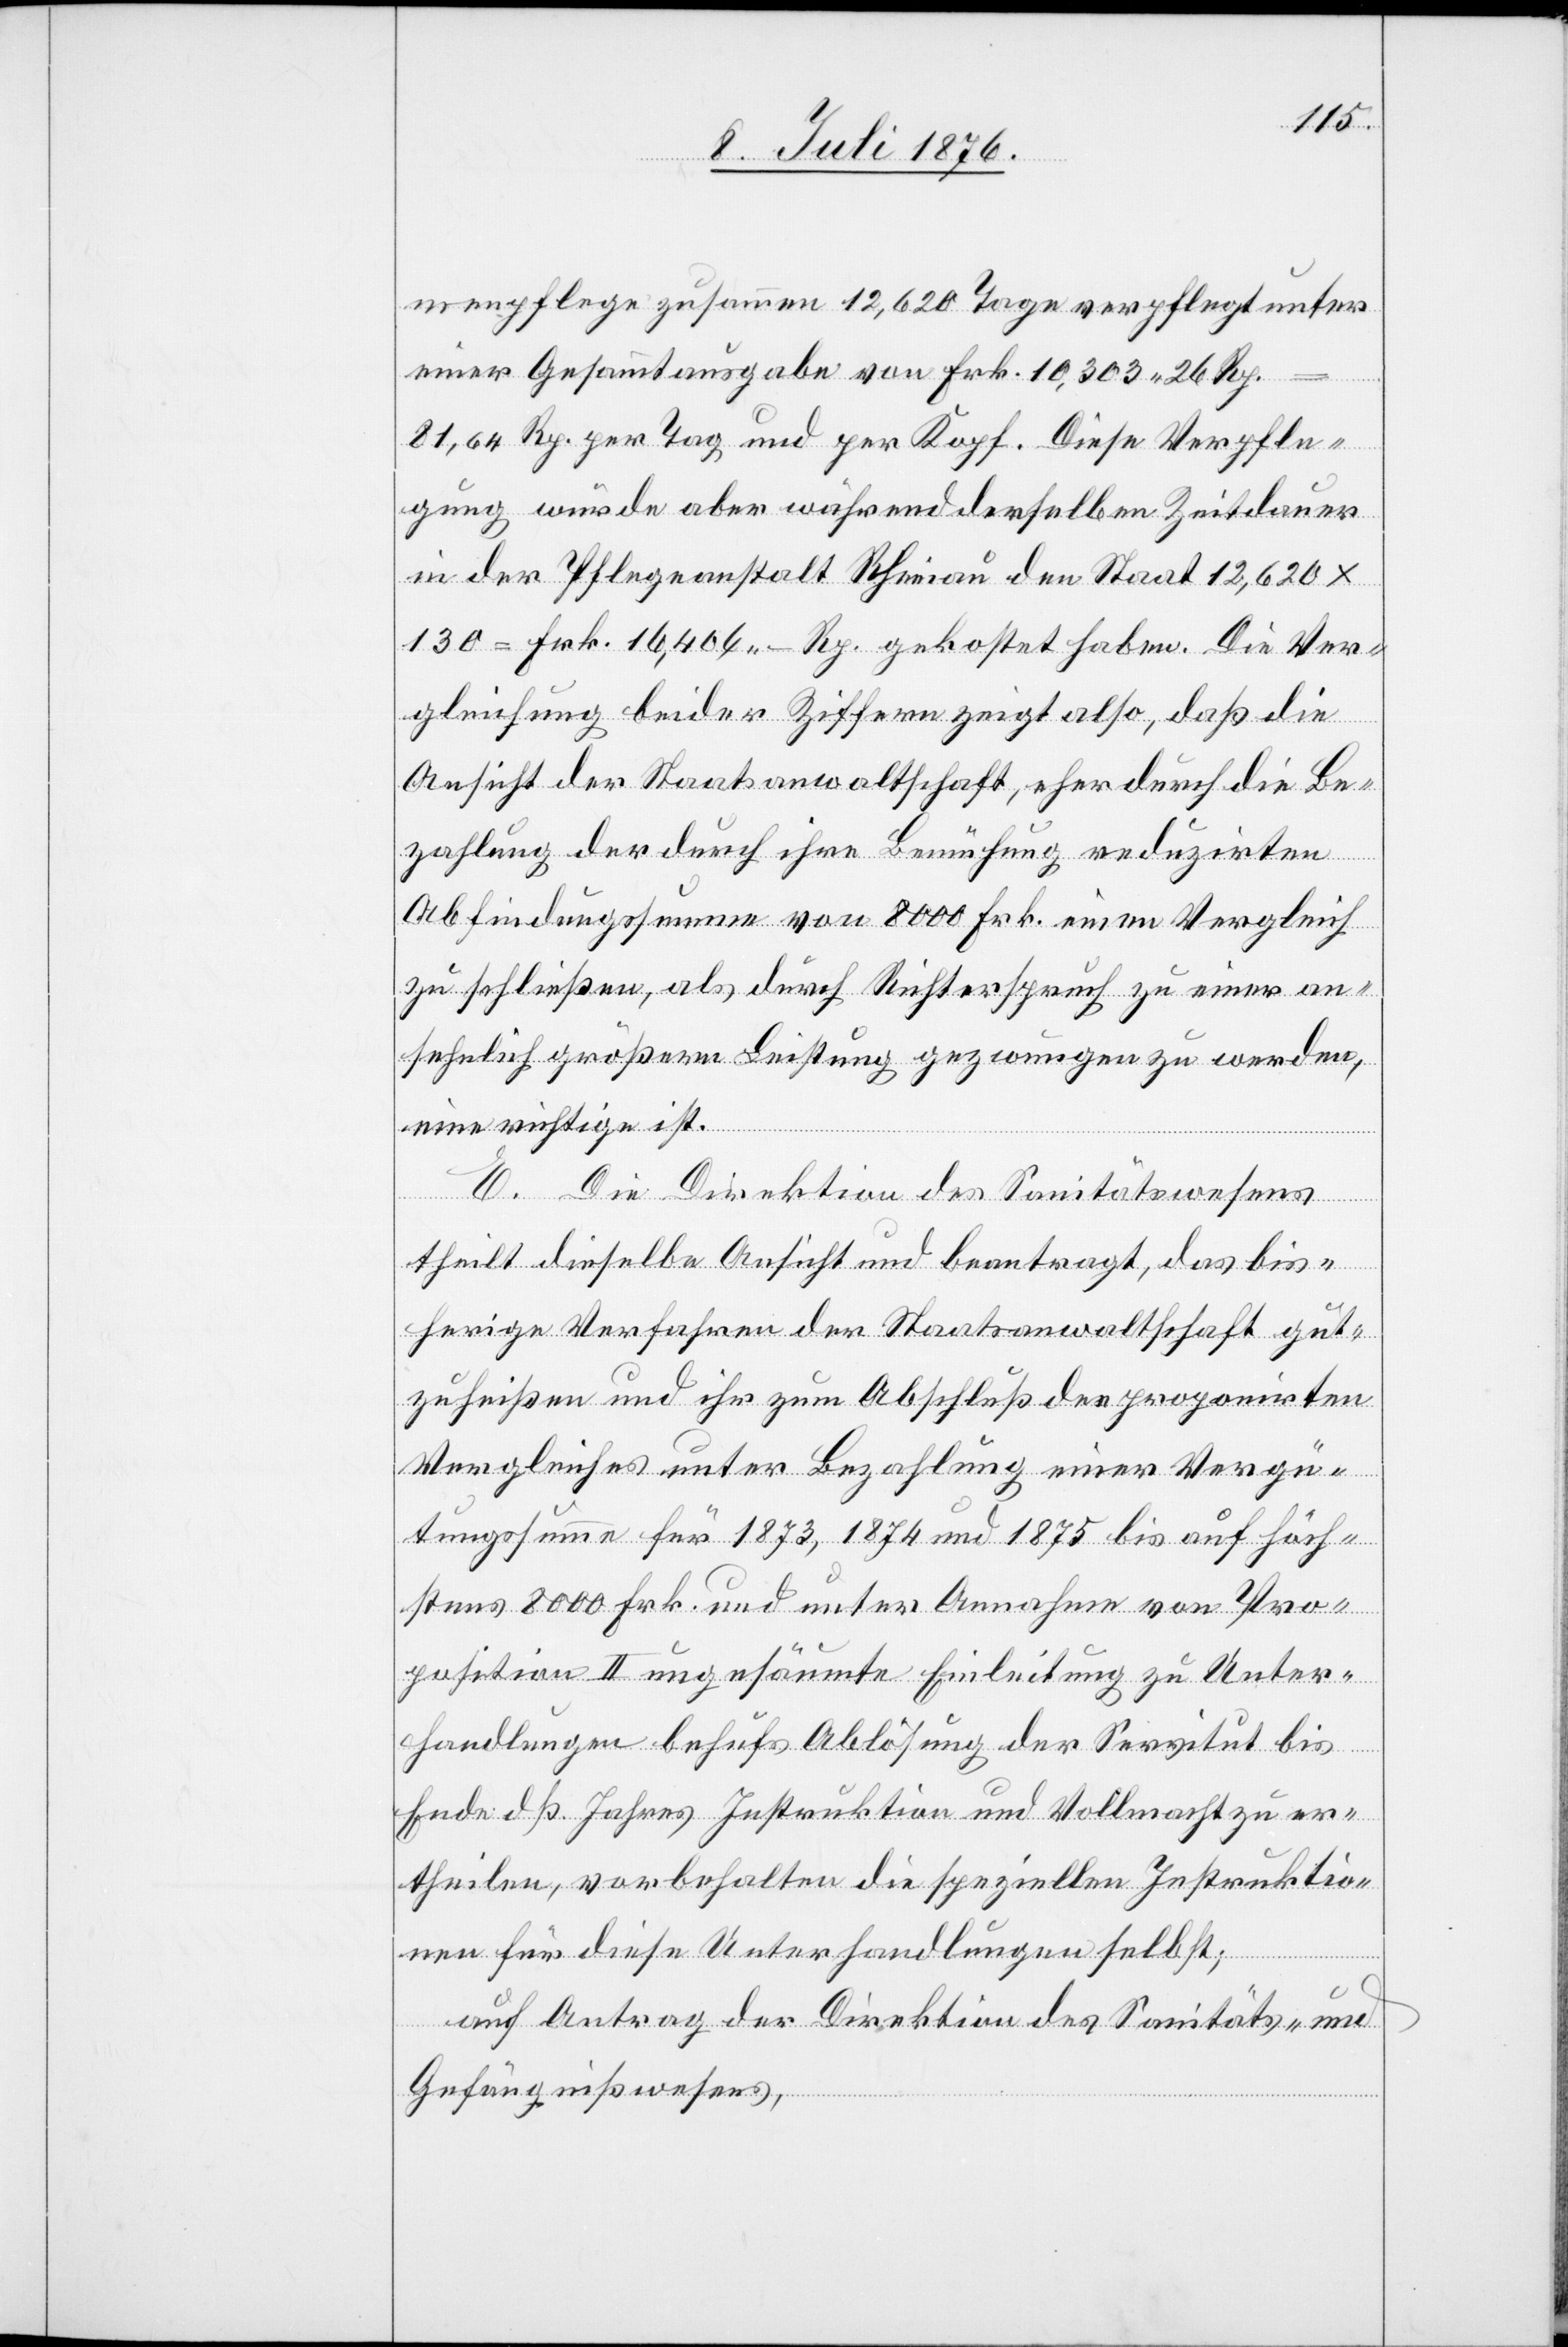
menpflege zusammen 12,620 Tage verpflegt unter
einer Gesammtausgabe von Frk. 10,303 26 Rp.
81,64 Rp. per Tag und Kopf. Diese Verpfle¬
gung würde aber während derselben Zeitdauer
in der Pflegeanstalt Rheinau den Staat 12,620 x
130 = Frk. 16,404 – Rp. gekostet haben. Die Ver¬
gleichung beider Ziffern zeigt also, daß die
Ansicht der Staatsanwaltschaft, eher durch die Be¬
zahlung der durch ihre Bemühung reduzirten
Abfindungssumme von 8000 Frk. einen Vergleich
zu schließen, als durch Richterspruch zu einer an¬
sehnlich größern Leistung gezwungen zu werden,
eine richtige ist.
E. Die Direktion des Sanitätswesens
theilt dieselbe Ansicht und beantragt, das bis¬
herige Verfahren der Staatsanwaltschaft gut¬
zuheißen und ihr zum Abschluß des proponirten
Vergleiches unter Bezahlung einer Vergü¬
tungssumme für 1873, 1874 und 1875 bis auf höch¬
stens 8000 Frk. und unter Annahme von Pro¬
position II ungesäumte Einleitung zu Unter¬
handlungen behufs Ablösung der Servitut bis
Ende dß Jahres Instruktion und Vollmacht zu er¬
theilen, vorbehalten die speziellen Instruktio¬
nen für diese Unterhandlungen selbst;
auf Antrag der Direktion des Sanitäts- &
Gefängnißwesens,